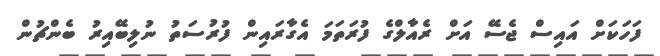
ފަހަކަށް އައިސް ޖެސޭ އަށް ރެއާލްގެ ފުރަތަމަ އެގާރައިން ފުރުސަތު ނުލިބޭއިރު ބެންޗުން